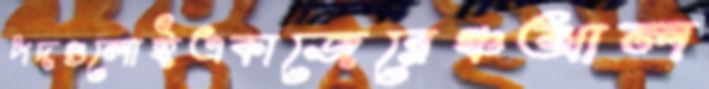
পদগুলোইএকাজেরেঞ্চআল